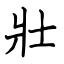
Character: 壯